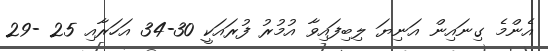
އެންމެ ގިނައިން އަނިޔަ ލިބިފައިވާ އުމުރު ފުރައަކީ 30-34 އަހަރާއި 25 -29